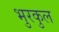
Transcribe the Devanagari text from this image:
भुरकुल